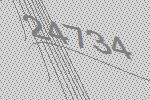
24734